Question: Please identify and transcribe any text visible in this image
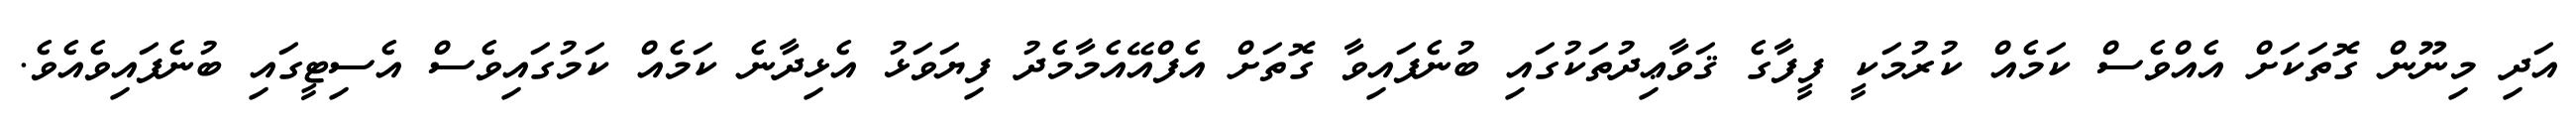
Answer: އަދި މިނޫން ގޮތަކަށް އެއްވެސް ކަމެއް ކުރުމަކީ ފީފާގެ ޤަވާޢިދުތަކުގައި ބުނެފައިވާ ގޮތަށް އެފްއޭއެމާމެދު ފިޔަވަޅު އެޅިދާނެ ކަމެއް ކަމުގައިވެސް އެސިޓީގައި ބުނެފައިވެއެވެ.